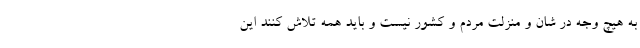
به هیچ وجه در شان و منزلت مردم و کشور نیست و باید همه تلاش کنند این